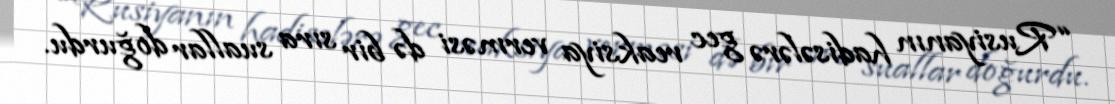
“Rusiyanın hadisələrə gec reaksiya verməsi də bir sıra suallar doğurdu.